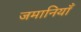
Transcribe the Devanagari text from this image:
जमानियाँ